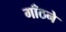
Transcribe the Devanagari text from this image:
गाँठने